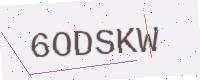
Text: 6ODSKW